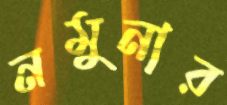
নমুনার